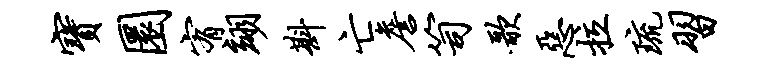
宝圜宥翊斟亡詹笥歌恶拉琉习